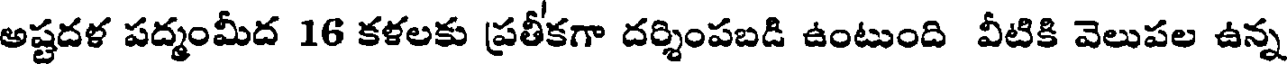
అష్టదళ పద్మంమీద 16 కళలకు ప్రతీకగా దర్శింపబడి ఉంటుంది వీటికి వెలుపల ఉన్న